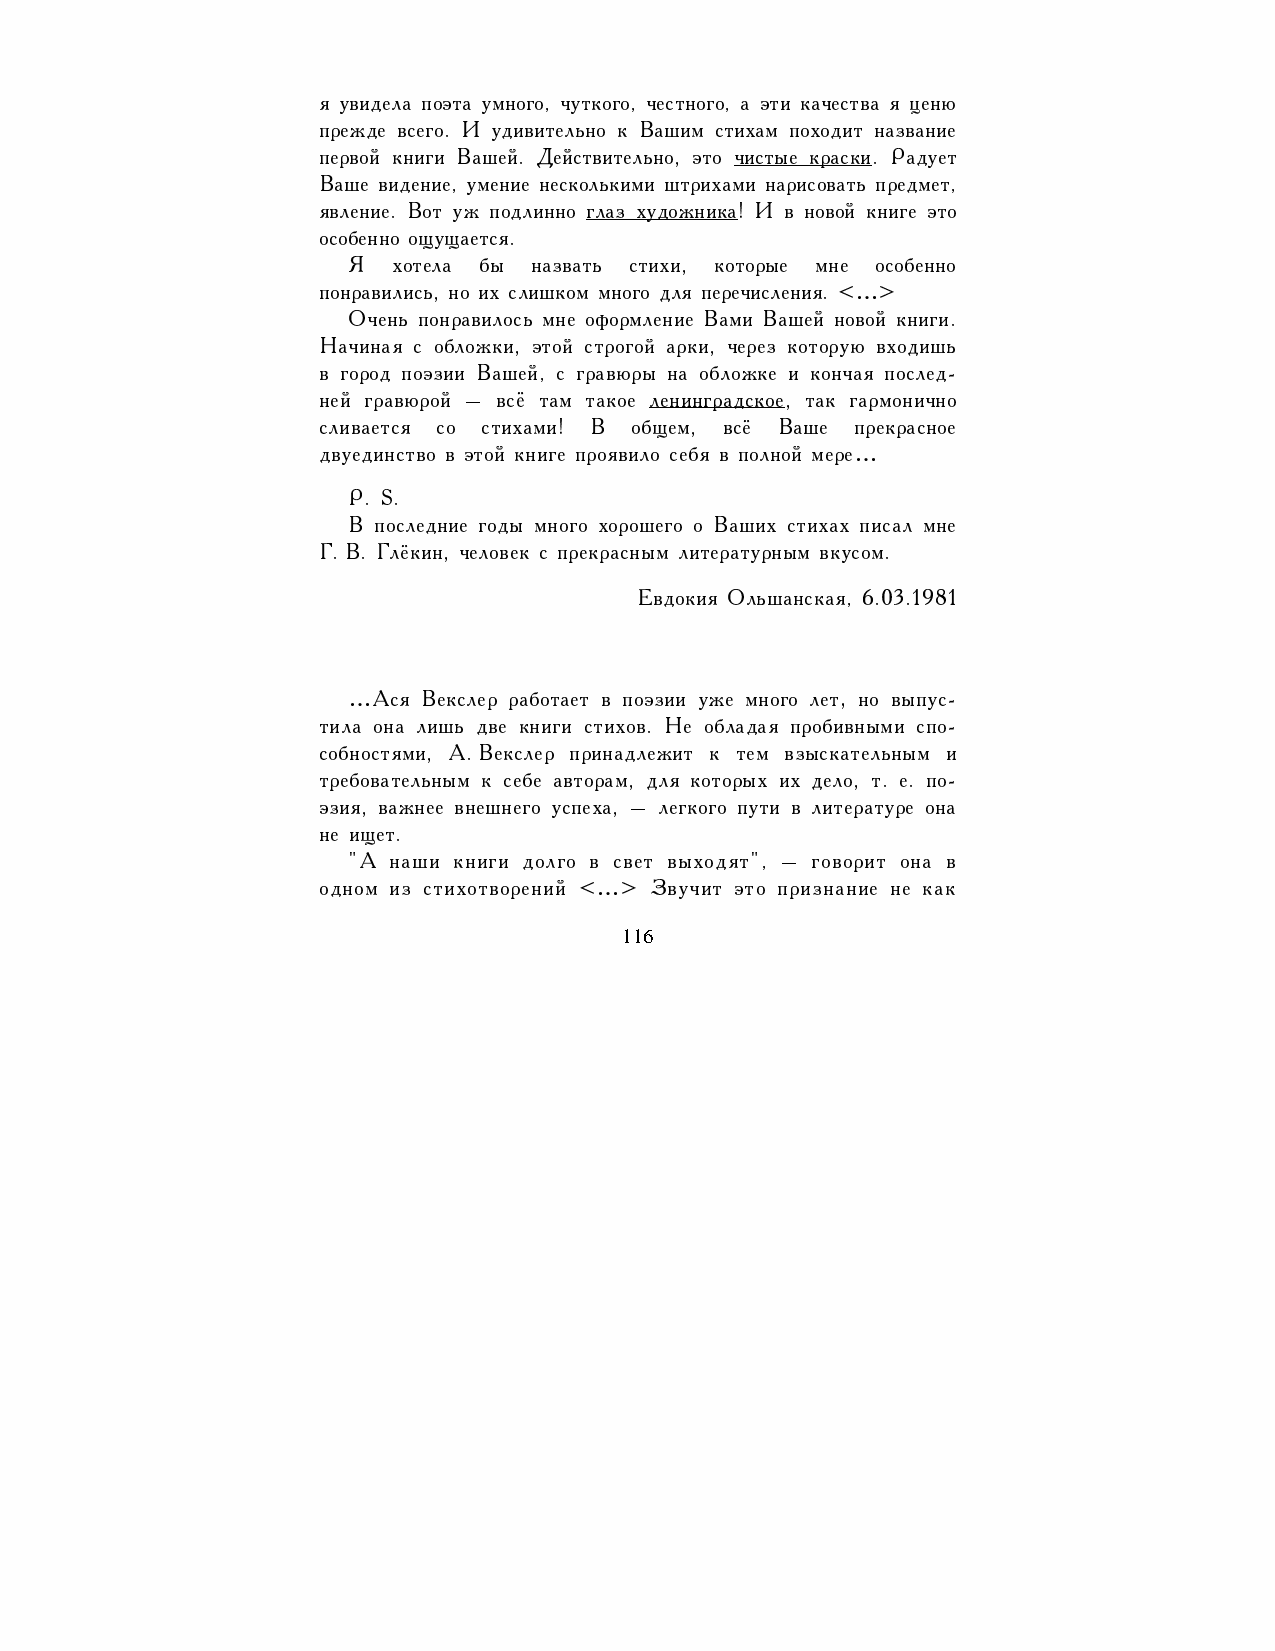
я увидела поэта умного, чуткого, честного, а эти качества я ценю
 прежде всего. И удивительно к Вашим стихам походит название
 первой книги Вашей. Действительно, это чистые краски. Радует
 Ваше видение, умение несколькими штрихами нарисовать предмет,
 явление. Вот уж подлинно глаз художника! И в новой книге это
 особенно ощущается.
 Я  хотела бы назвать стихи, которые мне особенно
 понравились, но их слишком много для перечисления. <…>
 Очень понравилось мне оформление Вами Вашей новой книги.
 Начиная с обложки, этой строгой арки, через которую входишь
 в город поэзии Вашей, с гравюры на обложке и кончая послед-
 ней гравюрой – всё там такое ленинградское, так гармонично
 сливается со стихами! В общем, всё Ваше прекрасное
 двуединство в этой книге проявило себя в полной мере…
 P. S.
 В последние годы много хорошего о Ваших стихах писал мне
 Г.В. Глёкин, человек с прекрасным литературным вкусом.
 Евдокия Ольшанская, 6.03.1981
 …Ася Векслер работает в поэзии уже много лет, но выпус-
 тила она лишь две книги стихов. Не обладая пробивными спо-
 собностями, А.Векслер принадлежит к тем взыскательным и
 требовательным к себе авторам, для которых их дело, т. е. по-
 эзия, важнее внешнего успеха, – легкого пути в литературе она
 не ищет.
 "А наши книги долго в свет выходят", – говорит она в
 одном из стихотворений <…> Звучит это признание не как
 116